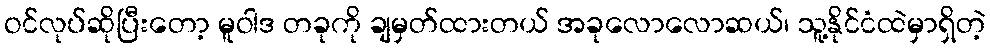
ဝင်လုပ်ဆိုပြီးတော့ မူဝါဒ တခုကို ချမှတ်ထားတယ် အခုလောလောဆယ်၊ သူ့နိုင်ငံထဲမှာရှိတဲ့